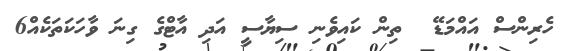
ހެރިންސް އައްމަޑޭ  ތިން ކައިވެނި ސިޔާސީ އަދި އާޓްގެ ގިނަ ވާހަކަތަކެއް6